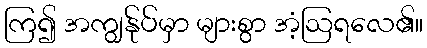
ကြ၍ အကျွန်ုပ်မှာ များစွာ အံ့ဩရလေ၏။